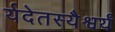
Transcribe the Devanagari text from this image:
र्यदेतस्यैश्वर्यं